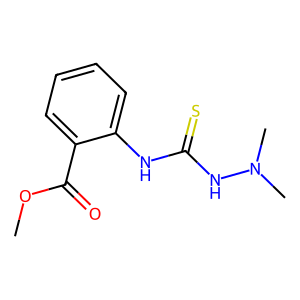
SMILES: COC(=O)c1ccccc1NC(=S)NN(C)C
Inhibits HIV replication: No